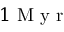
1 \mathrm { ~ M ~ y ~ r ~ }